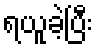
ရယူခဲ့ပြီး